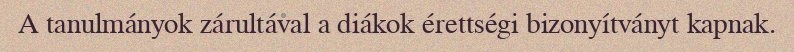
A tanulmányok zárultával a diákok érettségi bizonyítványt kapnak.